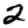
Digit: 2